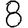
Digit: 8